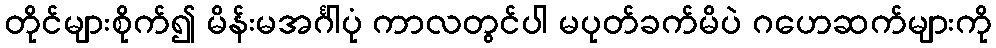
တိုင်များစိုက်၍ မိန်းမအင်္ဂါပုံ ကာလတွင်ပါ မပုတ်ခက်မိပဲ ဂဟေဆက်များကို